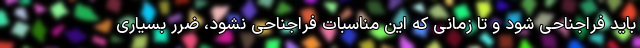
باید فراجناحی شود و تا زمانی که این مناسبات فراجناحی نشود، ضرر بسیاری